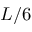
L / 6